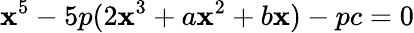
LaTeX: \mathbf{x}^{5}-5p(2\mathbf{x}^{3}+a\mathbf{x}^{2}+b\mathbf{x})-pc=0